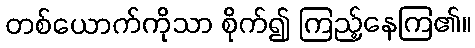
တစ်ယောက်ကိုသာ စိုက်၍ ကြည့်နေကြ၏။